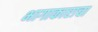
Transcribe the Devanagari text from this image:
भागाकाराचा